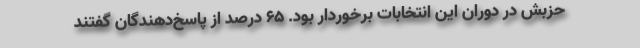
حزبش در دوران این انتخابات برخوردار بود. ۶۵ درصد از پاسخ‌دهندگان گفتند